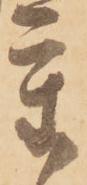
重